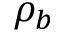
\rho _ { b }